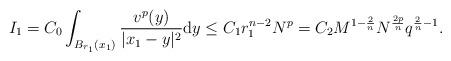
LaTeX: \begin{align*}I_1=C_{0}\int_{B_{r_1}(x_1)} \frac{v^p (y)}{|x_1-y|^2} \mathrm{d}y\leq C_1r_1^{n-2}N^p=C_2M^{1-\frac{2}{n}} N^{\frac{2p}{n}}q^{\frac{2}{n}-1}.\end{align*}